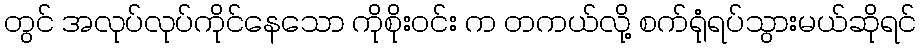
တွင် အလုပ်လုပ်ကိုင်နေသော ကိုစိုးဝင်း က တကယ်လို့ စက်ရုံရပ်သွားမယ်ဆိုရင်